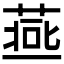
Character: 𱍥